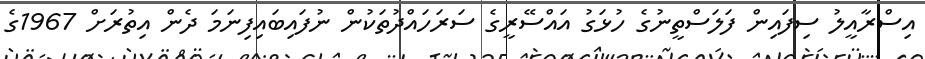
އިސްރާއީލު ސިފައިން ފަލަސްތީނުގެ ހުޅަގު އައްސޭރީގެ ސަރަހައްދުތަކުން ނުފައިބައިފިނަމަ ދެން އިތުރަށް 1967ގެ